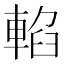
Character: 輡